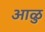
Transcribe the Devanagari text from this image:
आळु